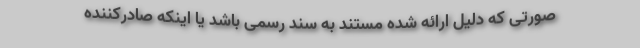
صورتی که دلیل ارائه شده مستند به سند رسمی باشد یا اینکه صادرکننده